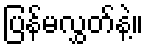
ပြန်မလွှတ်နဲ့။